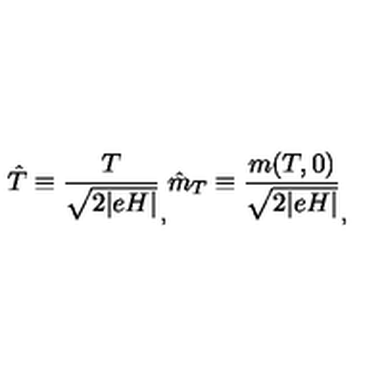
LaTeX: \hat { T } \equiv \frac { T } { \sqrt { 2 \vert e H \vert } } _ { , } \hat { m } _ { T } \equiv \frac { m ( T , 0 ) } { \sqrt { 2 \vert e H \vert } } _ { , }